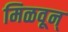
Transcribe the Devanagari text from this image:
मिळवून्